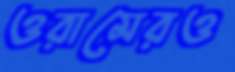
ওরামেরও